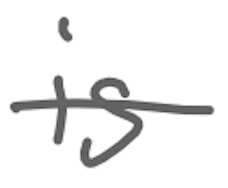
Text: is
Cross-out: single-line
Writing tool: digital_gray